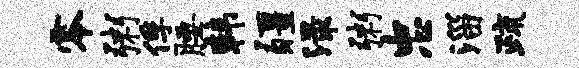
零粥俘腰韩疆渌粥忠淄疏